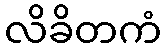
လိခိတကံ